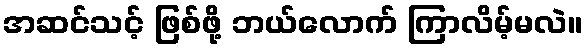
အဆင်သင့် ဖြစ်ဖို့ ဘယ်လောက် ကြာလိမ့်မလဲ။